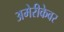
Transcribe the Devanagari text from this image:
अमेरीकेवर